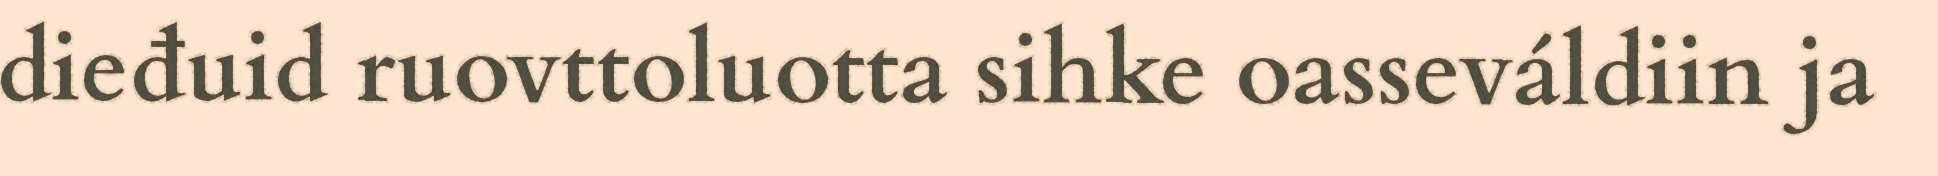
dieđuid ruovttoluotta sihke oasseváldiin ja